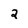
Character: 2